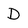
Character: D